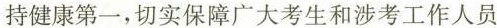
持健康第一，切实保障广大考生和涉考工作人员